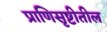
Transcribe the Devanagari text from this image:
प्राणिसृष्टीतील